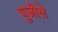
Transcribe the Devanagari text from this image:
पुजीले